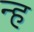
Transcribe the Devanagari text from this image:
न्ह